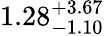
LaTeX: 1.28_{-1.10}^{+3.67}